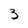
Character: 3